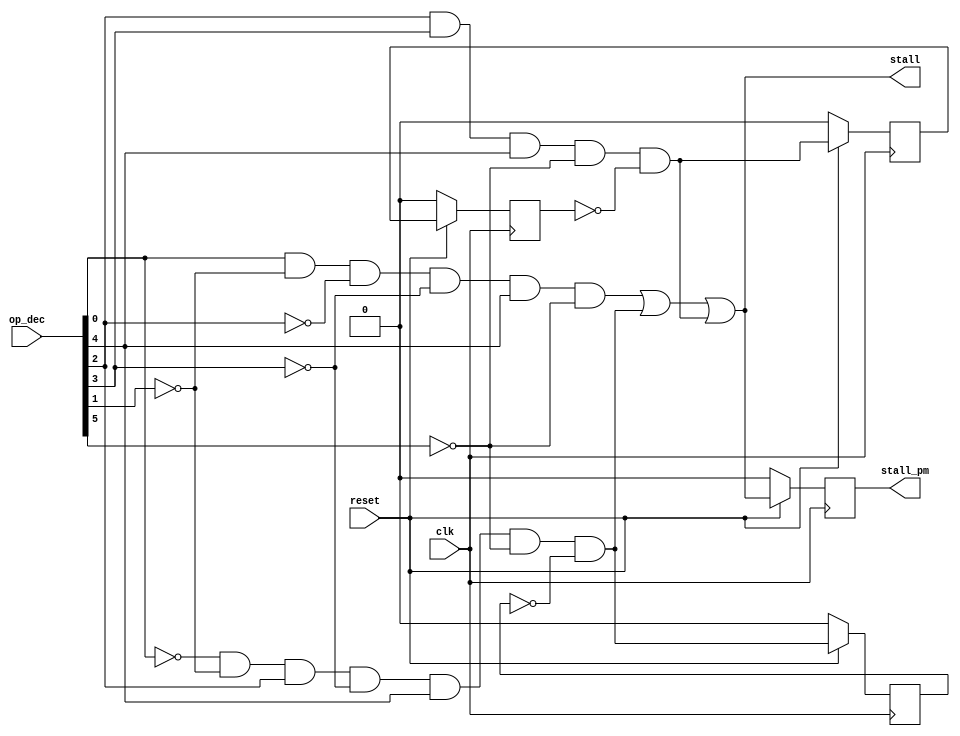
`timescale 1ns / 1ps
//////////////////////////////////////////////////////////////////////////////////
// Company: 
// Engineer: 
// 
// Design Name: 
// Module Name:    Stall_control_module 
// Project Name: 
// Target Devices: 
// Tool versions: 
// Description: 
//
// Dependencies: 
//
// Revision: 
// Revision 0.01 - File Created
// Additional Comments: 
//
//////////////////////////////////////////////////////////////////////////////////
module Stall_control_module(stall, stall_pm, op_dec, clk, reset);
//defining the outputs
output stall;
output stall_pm;
//defining the inputs
input clk,reset;
input [5:0] op_dec;
//defining the wires for the outputs of the and gates
wire hlt,ld,jump;
//defining the ouputs of D-flipflop_dec
reg q1,q2,q3,q4;
//assigning the value for halt op_deceration
assign hlt = op_dec[0] & ~op_dec[1] & ~op_dec[2] & ~op_dec[3] & op_dec[4] & ~op_dec[5];
//assigning the value for load op_deceration
assign ld = ~op_dec[0] & ~op_dec[1] & op_dec[2] & ~op_dec[3] & op_dec[4] & ~op_dec[5] & ~q1 ; 
//assigning value for jump op_deceration
assign jump = op_dec[2] & op_dec[3] & op_dec[4] & ~op_dec[5] & ~q4;
//defining stall 
assign stall = hlt | ld | jump;

always @(posedge clk)
begin
   // assigning the values for flipflop_decs
	q1 <= (reset) ? ld : 1'b0;
	q2 <= (reset) ?  jump : 1'b0;
	q3 <= (reset) ? stall : 1'b0;
	q4 <= (reset) ? q2 : 1'b0;
end
//assigning the value of q3 to stall_pm
assign stall_pm = q3;
endmodule